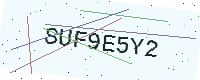
Text: SUF9E5Y2